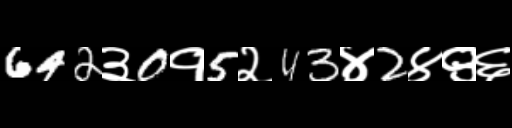
Text: 642३0१5२43४2४९६